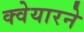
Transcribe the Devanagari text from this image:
क्वेयारने